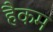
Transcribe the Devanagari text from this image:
हैकम